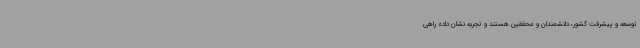
توسعه و پیشرفت کشور، دانشمندان و محققین هستند و تجربه نشان داده راهی